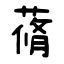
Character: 蓨